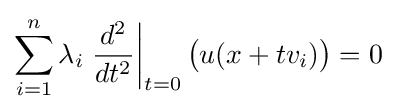
\sum _{i=1}^{n}\lambda _{i}\left.{\frac {d^{2}}{dt^{2}}}\right|_{t=0}{\big (}u(x+tv_{i}){\big )}=0